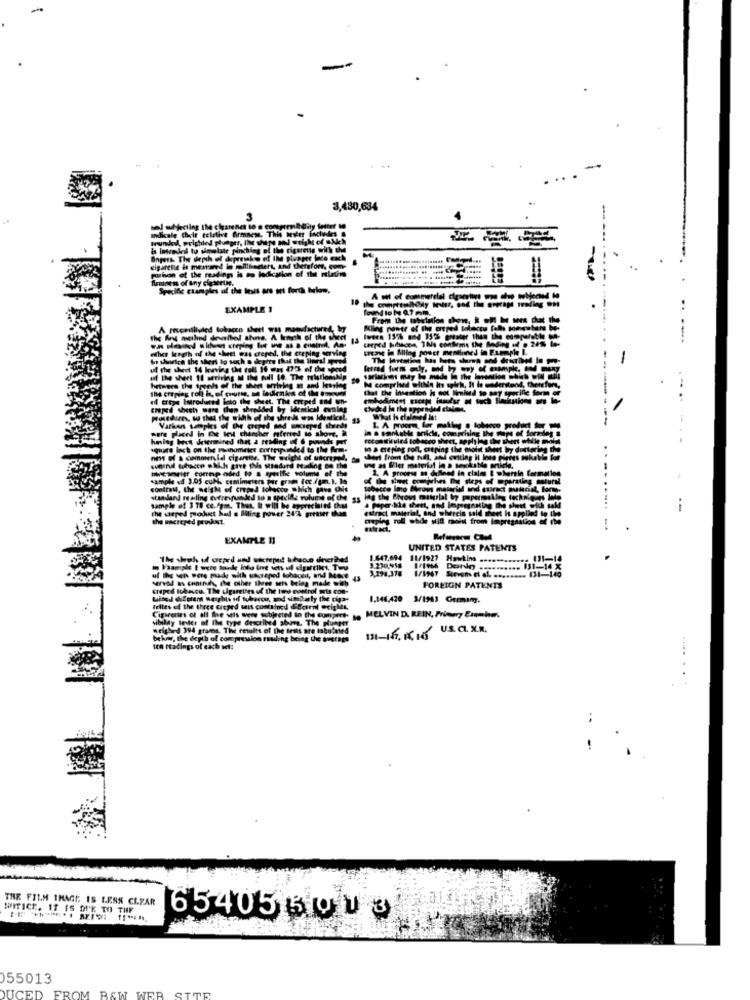
-
3,430,634
3
-
Indicale (hayir relative firmness, This bever includes
subjecting the ciarenes to . com
Brundad, Frighted plunger, Inne shape and wright of &Nich
Is intended to simulate pinching of the cigarette with the
Bnpers: The depth of depresko of IM Pepper lace each
cigarete is mesvared in millheders, and therefore, co
purnon of the reading is mo ladiesslon of the
Specide czamples of the tests are set forth belom.
19
EXAMPLE 1
Kling power of the oreped tolecce falls tomel
13
Iwdra 13% and 35% greater than the comparethe
that the intestion is not limited to say specific form or
IM comprised within its spich, It to Mderstood, therefore,
hodiment Escape julyr a touch finskutions
choped sheet
What h clalmed Ist
1. A prooem, for matlag @ lobsono
10 a creping roll, camping the msoist sheet by doctoring the
The
short From the nal, and ousting it bono p
2. A process a defined in claim & wherein formalle
tobacco which Pave
tobacco into Broys material and cuiract gutarial, forme.
log the Porous material by papermskles techniques in
power 244
Attract material, and wherein said sheet is applied to
--
Erupleg roll while wid mais from impres
-
EXAMPLE 13
UNITED STATES PATENTS
3.230,0958
1.647.694 11/1927 Hawkins
3,291,378
V/104 Dande
1/1967 Sirvem et al. ....
. 131-140
14 %
Mee seis being made
X the two o
FOREIGN PATENTS
1.146,420 3/1963 Germang.
MELVIN D. REIN, Primery Esamien.
--....
..
THE FILM IMAGE IS LESS CLEAR
WITICE. IT IS MAIK TO THE
65405 50 13
55013
DUCED
FROM B&W
WER